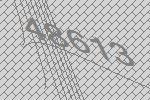
48613